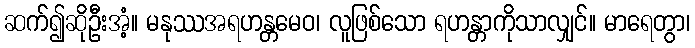
ဆက်၍ဆိုဦးအံ့။ မနုဿအရဟန္တမေဝ၊ လူဖြစ်သော ရဟန္တာကိုသာလျှင်။ မာရေတွာ၊